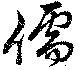
儒